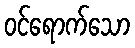
ဝင်ရောက်သော